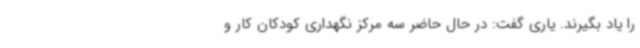
را یاد بگیرند. یاری گفت: در حال حاضر سه مرکز نگهداری کودکان کار و